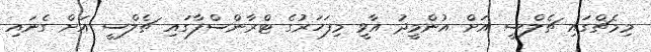
މިމެޗްގައި ޗެލްސީ އަށް އުންމީދު އާވީ މިފަހަރުގެ ޓްރާންސްފާގައި ޗެލްސީ އަށް ގެނައި